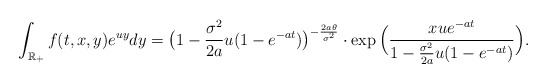
\begin{align*}\int_{\mathbb{R}_+}f(t,x,y)e^{uy}dy= \big(1-\frac{\sigma^2}{2a}u(1-e^{-at})\big)^{-\frac{2a\theta}{\sigma^2}} \cdot \exp \Big (\frac{xue^{-at}}{1-\frac{\sigma^2}{2a}u(1-e^{-at})} \Big) .\end{align*}